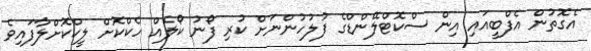
އެގޮތުން އެފްބީއައި އިން ސްކޮޓްލޭންޑްގެ ފުލުހުންނަށް ކުރި ފޯނު ކޯލެއް ހެކްކޮށް ލީކްކޮށްލާފައިވެ